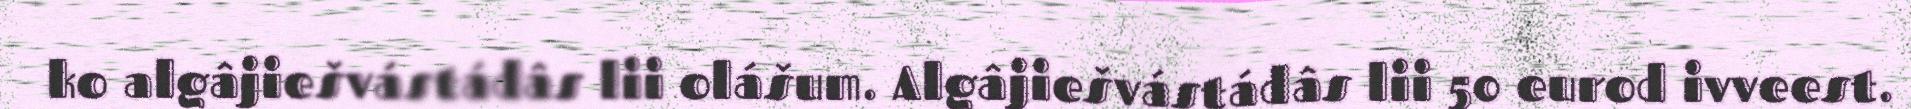
ko algâjiešvástádâs lii olášum. Algâjiešvástádâs lii 50 eurod ivveest.